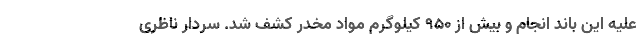
علیه این باند انجام و بیش از ۹۵۰ کیلوگرم مواد مخدر کشف شد. سردار ناظری